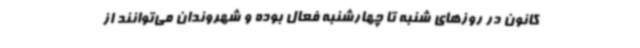
کانون در روزهای شنبه تا چهارشنبه فعال بوده و شهروندان می‌توانند از